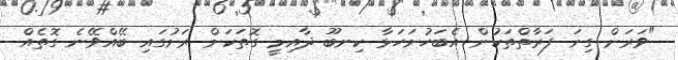
"ވަރަށް ގިނަ ފަރާތްތަކުން އެބަހުށަހަޅާ ކިނބޫ ދާއިމީ ގޮތަކަށް ރަށުގައި ބޭއްވޭނެ ގޮތެއް